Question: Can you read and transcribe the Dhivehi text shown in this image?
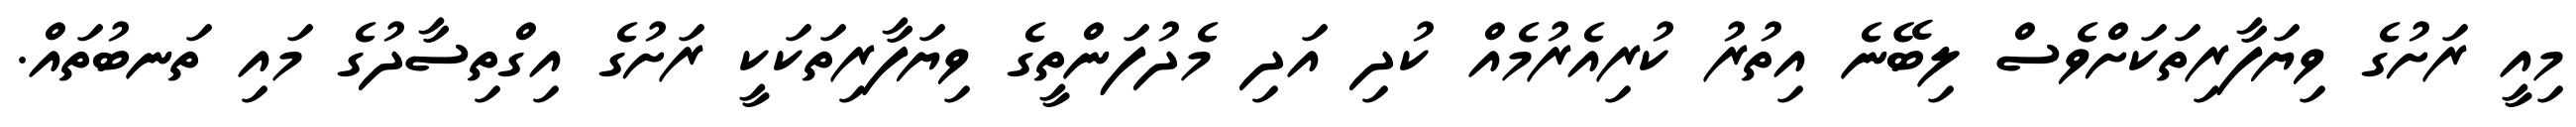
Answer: މިއީ ރަށުގެ ވިޔަފާރިތަކަށްވެސް ލިބޭނެ އިތުރު ކުރިއެރުމެއް ކުދި އަދި މެދުފަންތީގެ ވިޔަފާރިތަކަކީ ރަށުގެ އިގްތިސާދުގެ މައި ތަނބުތައް.